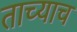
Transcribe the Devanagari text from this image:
ताच्याच